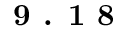
\textbf { 9 . 1 8 }